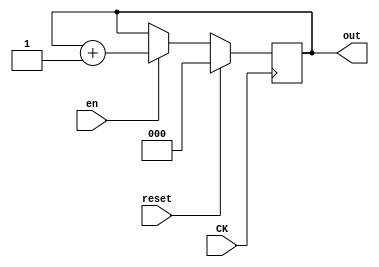
`timescale 1ns / 1ps
//////////////////////////////////////////////////////////////////////////////////
// Company: 
// Engineer: 
// 
// Design Name: 
// Module Name: counter
// Project Name: 
// Target Devices: 
// Tool Versions: 
// Description: 
// 
// Dependencies: 
// 
// Revision:
// Revision 0.01 - File Created
// Additional Comments:
// 
//////////////////////////////////////////////////////////////////////////////////

// Count the time of clock if it is enabled and not reset
module counter(
        input CK, reset, en, 
        output reg [2:0] out
    );
always@(posedge CK)
if (reset)
    out <= 0;
else if (en == 1)
    out <= out + 1;
else 
    out <= out;
endmodule